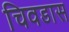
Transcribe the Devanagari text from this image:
चिवडास